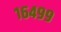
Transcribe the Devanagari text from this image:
१६४९९